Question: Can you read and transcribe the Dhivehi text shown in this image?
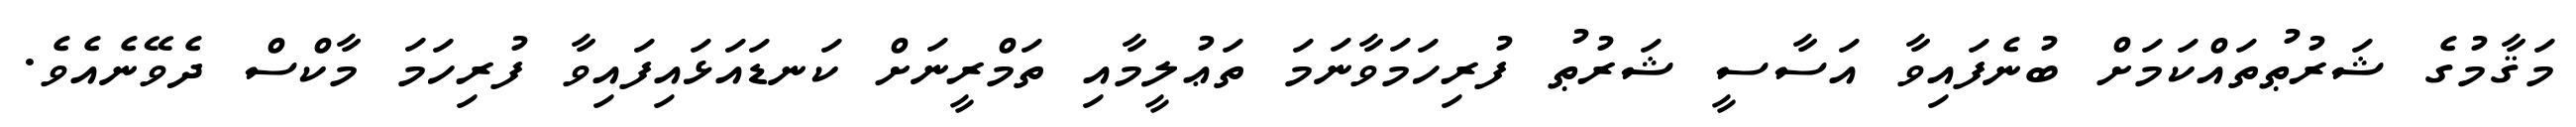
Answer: މަޤާމުގެ ޝަރުޠުތައްކަމަށް ބުނެފައިވާ އަސާސީ ޝަރުޠު ފުރިހަމަވާނަމަ ތަޢުލީމާއި ތަމްރީނަށް ކަނޑައަޅައިފައިވާ ފުރިހަމަ މާކްސް ދެވޭނެއެވެ.